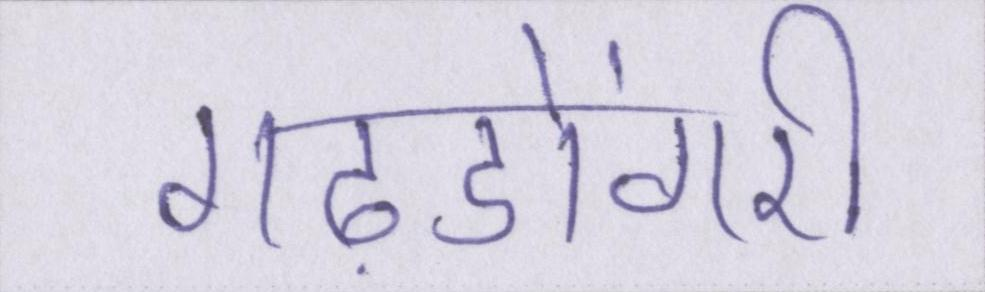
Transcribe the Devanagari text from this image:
गढ़डोंगरी